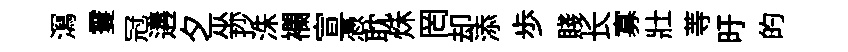
㵼䨥冠遘夕巫抄洙襴宣慿耽秌罔却添歩賤长寡壯䓁旴的